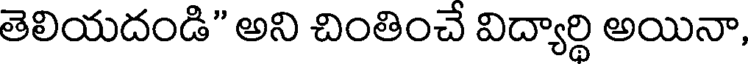
తెలియదండి" అని చింతించే విద్యార్థి అయినా,